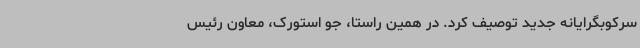
سرکوبگرایانه جدید توصیف کرد. در همین راستا، جو استورک، معاون رئیس